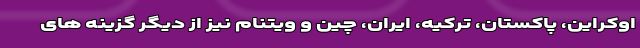
اوکراین، پاکستان، ترکیه، ایران، چین و ویتنام نیز از دیگر گزینه های